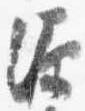
源